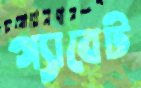
গ্যাবেট